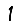
Digit: 1